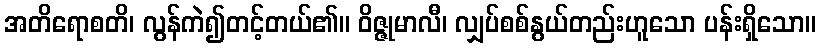
အတိရောစတိ၊ လွန်ကဲ၍တင့်တယ်၏။ ဝိဇ္ဇုမာလီ၊ လျှပ်စစ်နွယ်တည်းဟူသော ပန်းရှိသော။